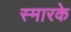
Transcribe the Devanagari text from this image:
स्‍मारके